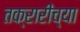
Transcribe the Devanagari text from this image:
तक्रारींच्या